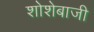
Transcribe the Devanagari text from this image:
शोशेबाजी